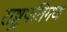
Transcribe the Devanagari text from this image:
राष्ट्रपतिगण